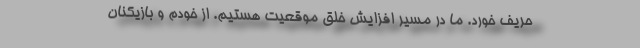
حریف خورد. ما در مسیر افزایش خلق موقعیت هستیم. از خودم و بازیکنان